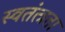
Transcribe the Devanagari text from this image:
स्वतंत्त्रता